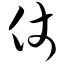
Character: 仗